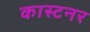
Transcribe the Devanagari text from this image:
कास्टनर